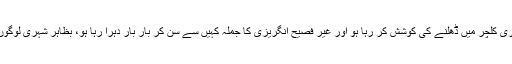
ایک دیہاتی کم تعلیم یافتہ نوجوان جو شہری کلچر میں ڈھلنے کی کوشش کر رہا ہو اور غیر فصیح انگریزی کا جملہ کہیں سے سن کر بار بار دہرا رہا ہو، بظاہر شہری لوگوں کے ہاں مذاق کا موضوع بن جاتا ہے ۔